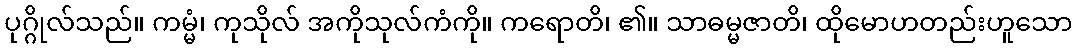
ပုဂ္ဂိုလ်သည်။ ကမ္မံ၊ ကုသိုလ် အကိုသုလ်ကံကို။ ကရောတိ၊ ၏။ သာဓမ္မဇာတိ၊ ထိုမောဟတည်းဟူသော